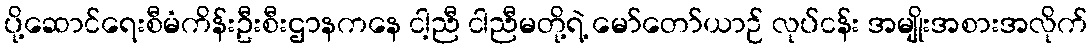
ပို့ဆောင်ရေးစီမံကိန်းဦးစီးဌာနကနေ ငါ့ညီ ငါညီမတို့ရဲ့ မော်တော်ယာဉ် လုပ်ငန်း အမျိုးအစားအလိုက်